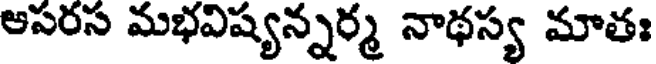
ఆపరస మభవిష్యన్నర్మ నాథస్య మాతః